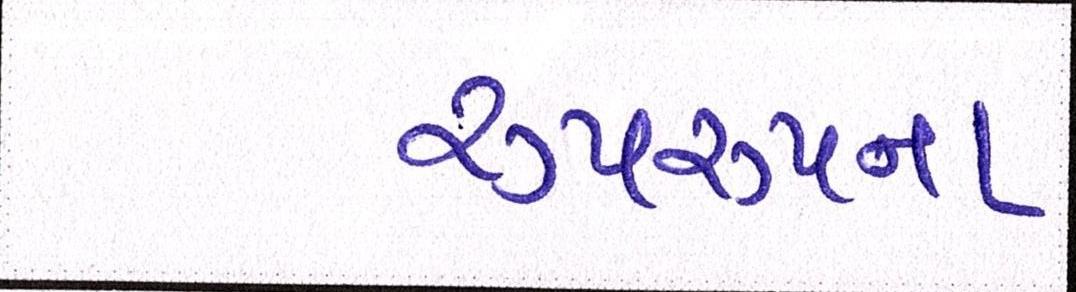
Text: રૂપરૂપના